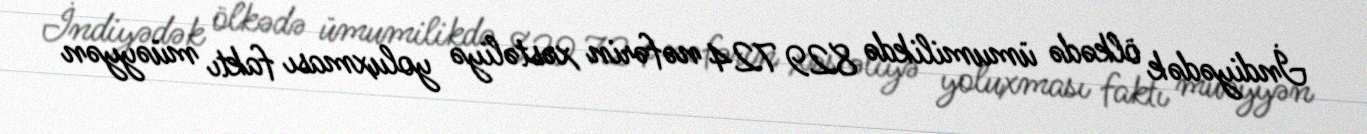
İndiyədək ölkədə ümumilikdə 829 724 nəfərin xəstəliyə yoluxması faktı müəyyən